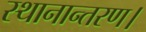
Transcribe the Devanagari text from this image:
स्थानान्तरण।